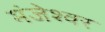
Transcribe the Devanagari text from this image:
मंजेश्वर